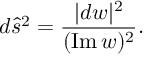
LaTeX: d { \hat { s } } ^ { 2 } = { \frac { | d w | ^ { 2 } } { ( \mathrm { I m } \, w ) ^ { 2 } } } .